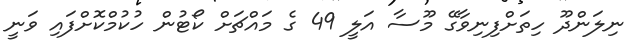
ނިލަންދޫ ހިތަށްފިނިވާގޭ މޫސާ އަލީ 49 ގެ މައްޗަށް ކޯޓުން ހުކުމްކޮށްފައި ވަނީ